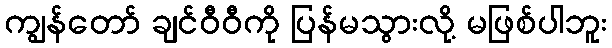
ကျွန်တော် ချင်ဝီဝီကို ပြန်မသွားလို့ မဖြစ်ပါဘူး